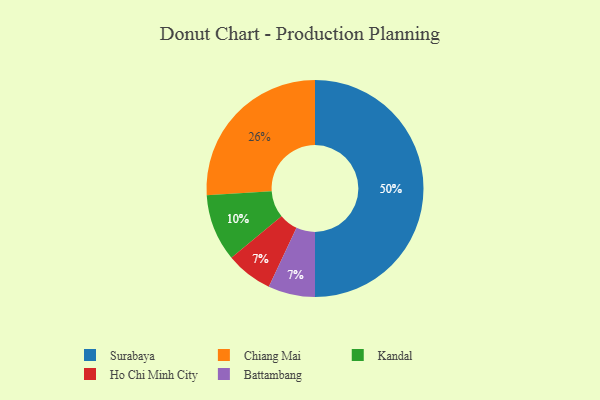
{"axis": {"x": "Category", "y": "Percentage"}, "legend": ["Battambang", "Chiang Mai", "Ho Chi Minh City", "Kandal", "Surabaya"], "data": [{"x": "Ho Chi Minh City", "y": 7, "type": "Ho Chi Minh City"}, {"x": "Kandal", "y": 10, "type": "Kandal"}, {"x": "Surabaya", "y": 50, "type": "Surabaya"}, {"x": "Battambang", "y": 7, "type": "Battambang"}, {"x": "Chiang Mai", "y": 26, "type": "Chiang Mai"}]}